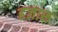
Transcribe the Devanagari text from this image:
हजारू